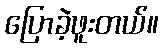
ပြောခဲ့ဖူးတယ်။